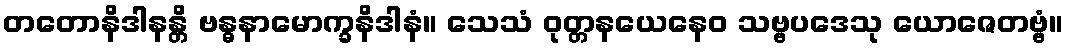
တတောနိဒါနန္တိ ဗန္ဓနာမောက္ခနိဒါနံ။ သေသံ ဝုတ္တနယေနေဝ သဗ္ဗပဒေသု ယောဇေတဗ္ဗံ။